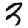
Digit: 3